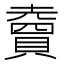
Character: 𧷏